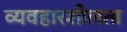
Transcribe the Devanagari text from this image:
व्यवहारशीलता